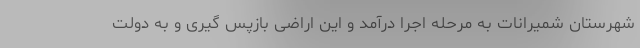
شهرستان شمیرانات به مرحله اجرا درآمد و این اراضی بازپس گیری و به دولت